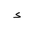
Letter: _hamza